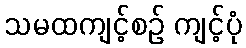
သမထကျင့်စဉ် ကျင့်ပုံ